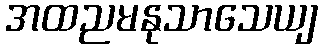
အထညမနုသာသေယျ